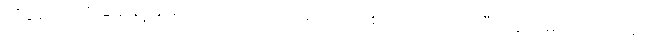
ထိုပွဲလေးကို မေမြင့်မိုရ်က လှပတဲ့ အဝါရောင်ဝတ်စုံလေးကို ဝတ်ပြီး လူအများကြားထဲမှာ